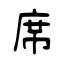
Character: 席